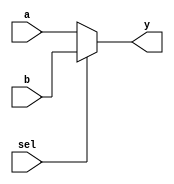
module mux2to1 (
    input wire a,      // Input A
    input wire b,      // Input B
    input wire sel,    // Select signal
    output reg y       // Output
);

always @* begin
    if (sel) 
        y = b;        // If sel is high, output B
    else 
        y = a;        // If sel is low, output A
end

endmodule